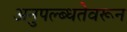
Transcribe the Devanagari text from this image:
अनुपल्ब्धतेवरून